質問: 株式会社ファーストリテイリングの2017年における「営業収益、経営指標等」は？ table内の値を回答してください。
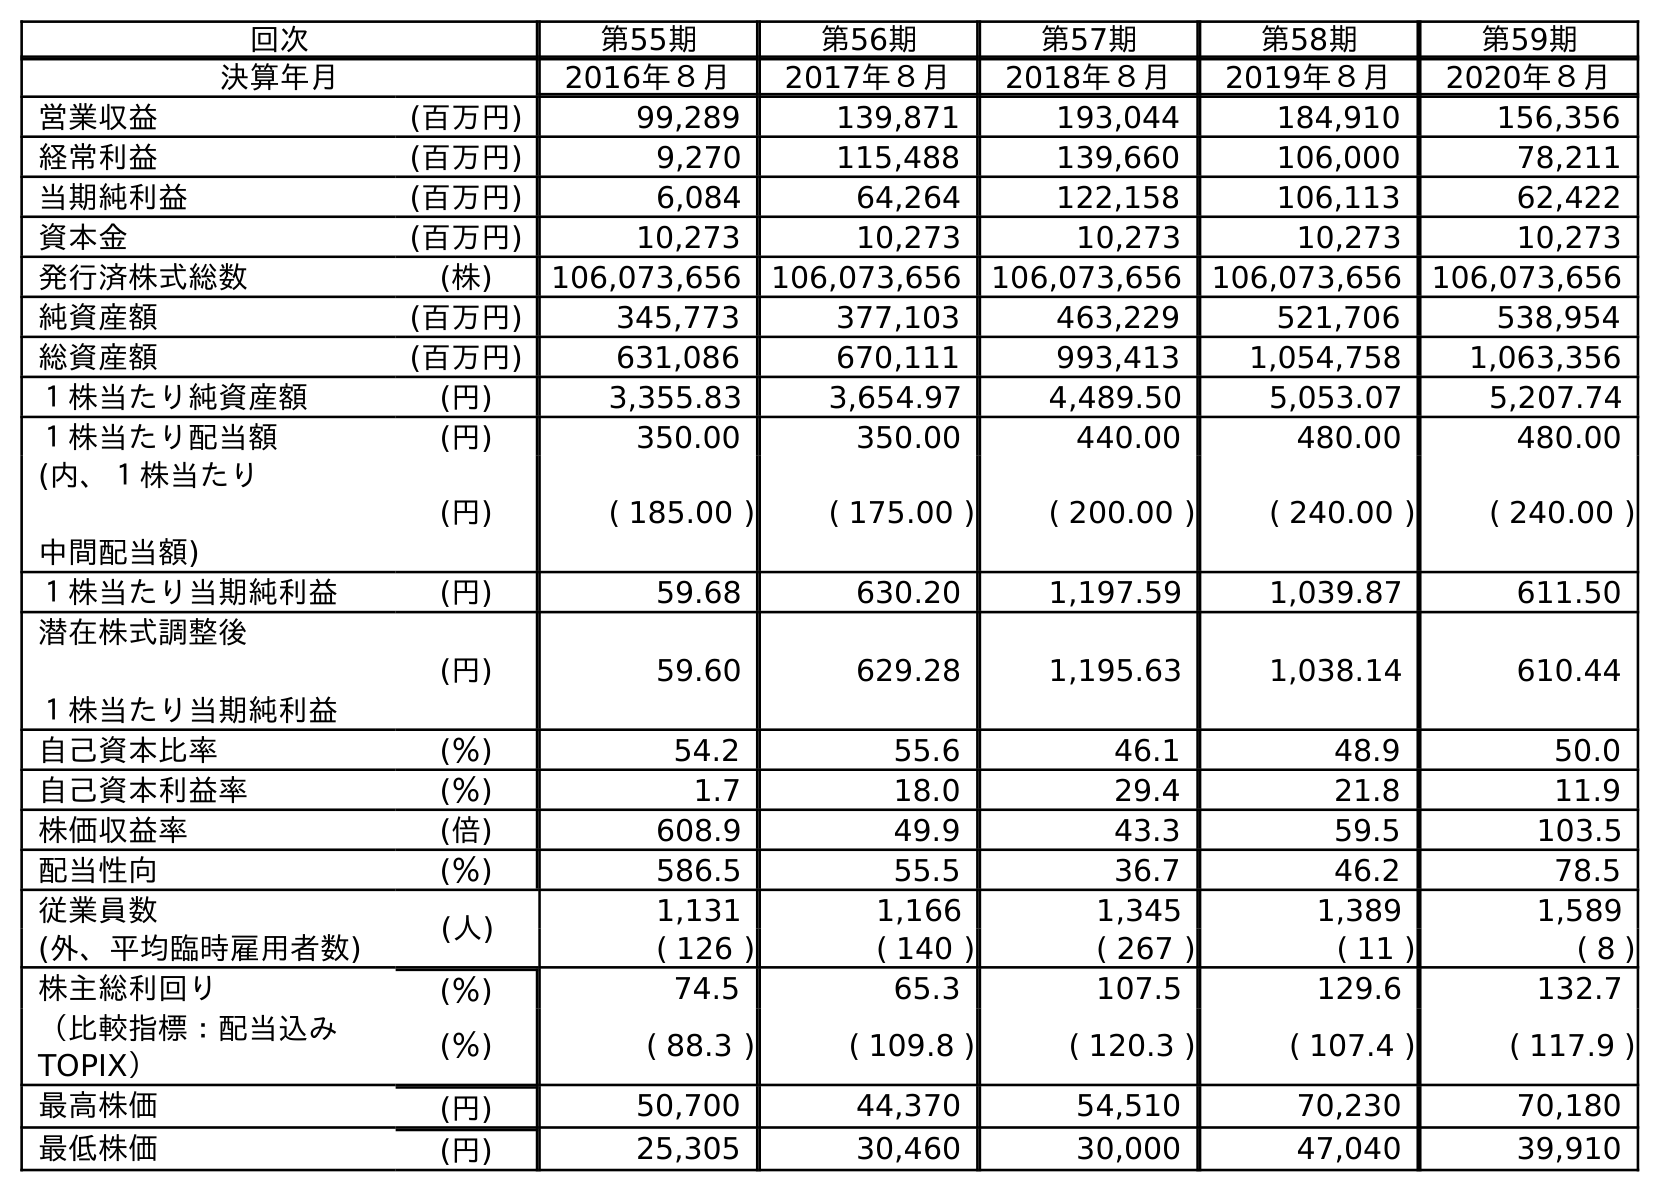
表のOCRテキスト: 回次 第55期 第56期 第57期 第58期 第59期 決算年月 2016年８月 2017年８月 2018年８月 2019年８月 2020年８月 営業収益 (百万円) 99,289 139,871 193,044 184,910 156,356 経常利益 (百万円) 9,270 115,488 139,660 106,000 78,211 当期純利益 (百万円) 6,084 64,264 122,158 106,113 62,422 資本金 (百万円) 10,273 10,273 10,273 10,273 10,273 発行済株式総数 (株) 106,073,656 106,073,656 106,073,656 106,073,656 106,073,656 純資産額 (百万円) 345,773 377,103 463,229 521,706 538,954 総資産額 (百万円) 631,086 670,111 993,413 1,054,758 1,063,356 １株当たり純資産額 (円) 3,355.83 3,654.97 4,489.50 5,053.07 5,207.74 １株当たり配当額 (円) 350.00 350.00 440.00 480.00 480.00 (内、１株当たり 中間配当額) (円) ( 185.00 ) ( 175.00 ) ( 200.00 ) ( 240.00 ) ( 240.00 ) １株当たり当期純利益 (円) 59.68 630.20 1,197.59 1,039.87 611.50 潜在株式調整後 １株当たり当期純利益 (円) 59.60 629.28 1,195.63 1,038.14 610.44 自己資本比率 (％) 54.2 55.6 46.1 48.9 50.0 自己資本利益率 (％) 1.7 18.0 29.4 21.8 11.9 株価収益率 (倍) 608.9 49.9 43.3 59.5 103.5 配当性向 (％) 586.5 55.5 36.7 46.2 78.5 従業員数 (人) 1,131 1,166 1,345 1,389 1,589 (外、平均臨時雇用者数) ( 126 ) ( 140 ) ( 267 ) ( 11 ) ( 8 ) 株主総利回り (％) 74.5 65.3 107.5 129.6 132.7 （比較指標：配当込み TOPIX） (％) ( 88.3 ) ( 109.8 ) ( 120.3 ) ( 107.4 ) ( 117.9 ) 最高株価 (円) 50,700 44,370 54,510 70,230 70,180 最低株価 (円) 25,305 30,460 30,000 47,040 39,910
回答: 139,871